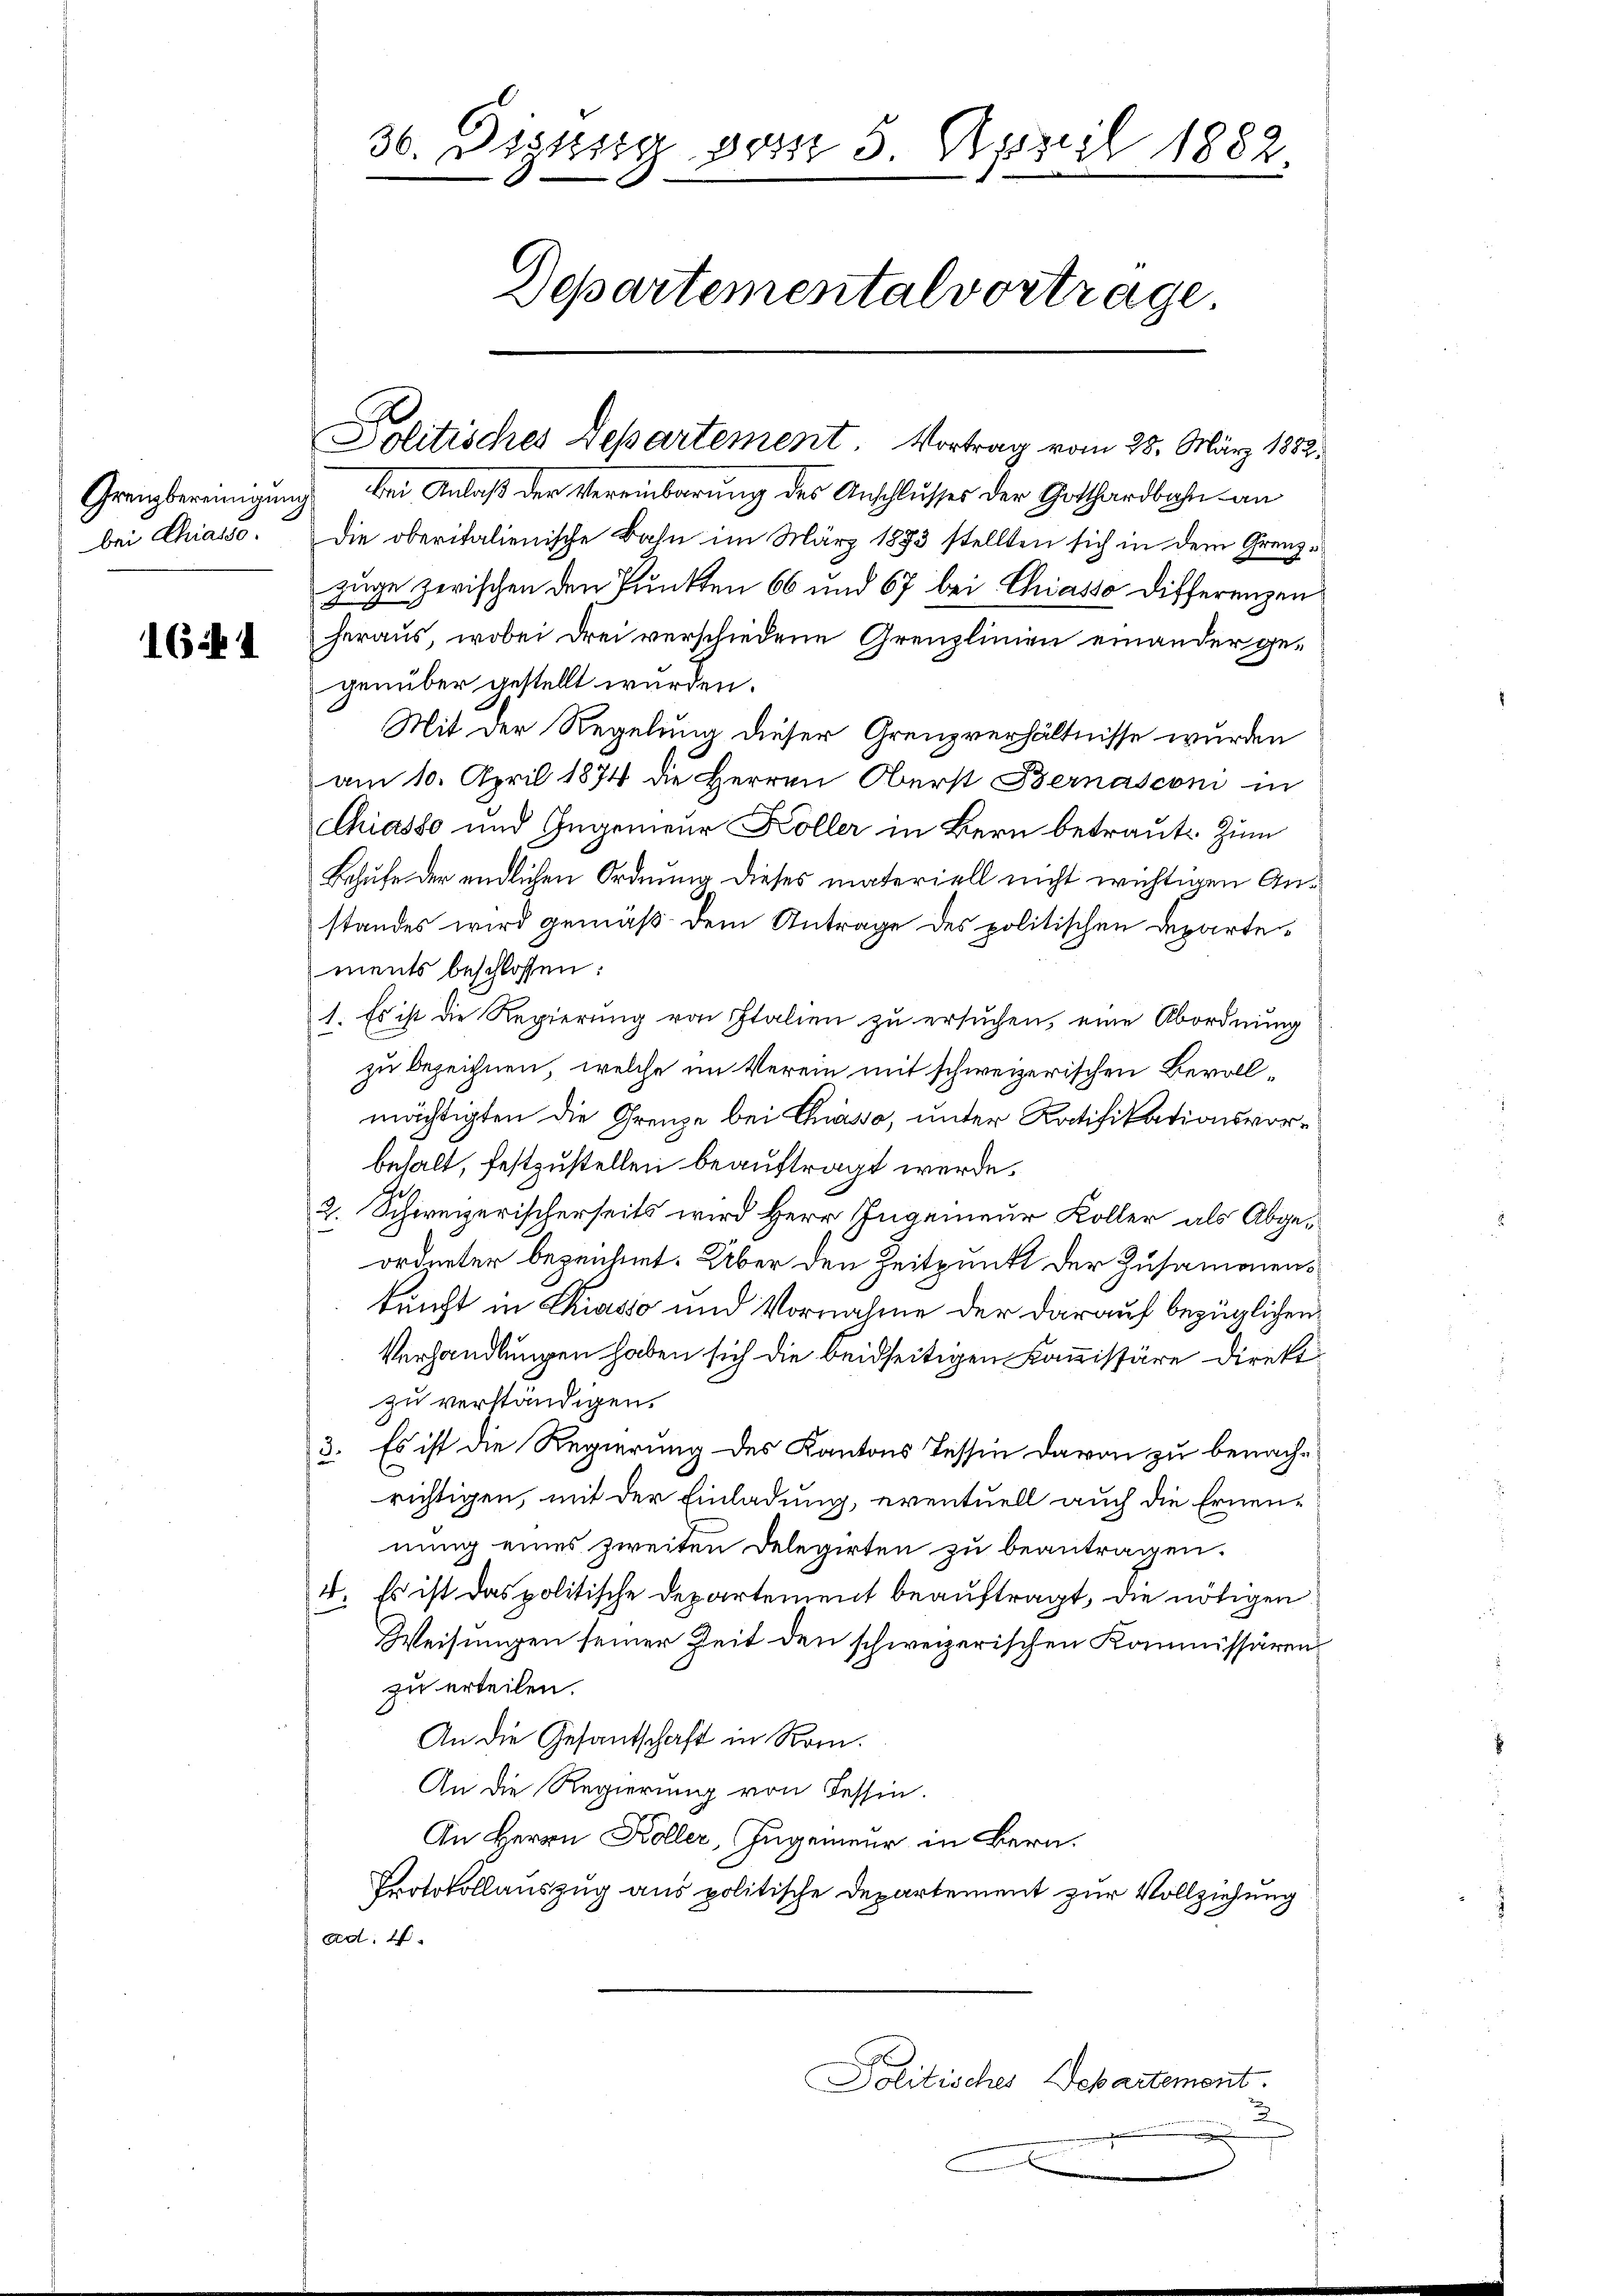
Grenzbereinigung
bei Chiasso.

1641

36. Digzug vom 5. April 1882.
Departemental vortrage

Politisches Departement. Vortrag vom 28. März 1882.
 bei Anlaß der Vereinbarung des Anschlusses der Gotthardbahn an
Die oberitalienische Bahn im März 1883 stellten sich in dem Grenzzuge zwischen den Punkten 66 und 67 bei Chiasso Differenzen
heraus, wobei drei verschiedene Grenzlinien einander gegenüber gestellt wurden.
Mit der Regelung dieser Grenzverhältnisse wurden
am 10. April 1874 die Herren Oberst Bernasconi in
Chiasso und Gegenieur Koller in Bern betraute. Zum
Behufe der endlichen Ordnung dieses materiell nicht wichtigen Anstandes wird gemäß dem Antrage des politischen Departements beschlossen:
1. Es ist die Regierung von Italien zu ersuchen, eine Abordnung
zu bezeichnen, welche im Verein mit schweizerischen Bevoll
mächtigten die Grenze bei Chasso, unter Ratifikationsvorbehalt, festzustellen beauftragt werde.
2. Schweizerischerseits wird Herr Ingenieur Koller als Abgeordneter bezeichnet. Über den Zeitpunkt der Zusammens
kunft in Chiasso und Vornahme der darauf bezüglichen
Verhandlungen haben sich die beidseitigen Kommissäre direkt
zu verständigen.
3. Es ist die Regierung des Kantons Tessin davon zu benachrichtigen, mit der Einladung, eventuell auch die Ernennung eines zweiten Delegirten zu beantragen.
4. Es ist das politische Departement beauftragt, die nötigen
Weisungen seiner Zeit den schweizerischen Kommissären
zu erteilen.
An die Gesantschaft in Rom.
An die Regierung von Tessin.
An Herrn Koller, Ingenieur in Bern.
Protokollauszug aus politische Departement zur Vollziehung
Art: E
E
Politisches Departement.
2